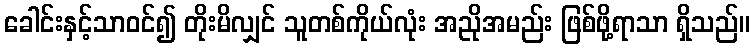
ခေါင်းနှင့်သာဝင်၍ တိုးမိလျှင် သူတစ်ကိုယ်လုံး အညိုအမည်း ဖြစ်ဖို့ရာသာ ရှိသည်။